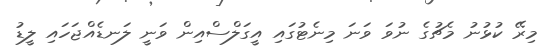
މިރޭ ކުޅުނު މެޗުގެ ނުވަ ވަނަ މިނެޓުގައި އީގަލްސްއިން ވަނީ ލަނޑެއްޖަހައި ލީޑު